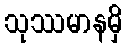
သုဿမာနမှိ